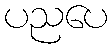
ပညပေ